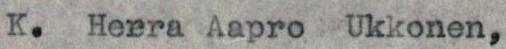
K.  Herra Aapro Ukkonen,